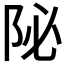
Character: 𨸼